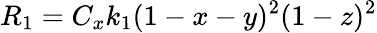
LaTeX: R_{1}=C_{x}k_{1}(1-x-y)^{2}(1-z)^{2}